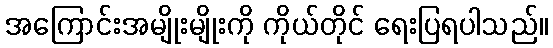
အကြောင်းအမျိုးမျိုးကို ကိုယ်တိုင် ရေးပြရပါသည်။